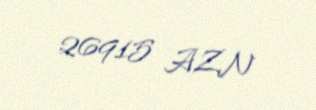
26915 AZN